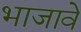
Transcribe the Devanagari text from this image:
भाजावे